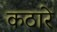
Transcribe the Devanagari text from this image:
कठारे